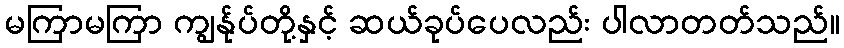
မကြာမကြာ ကျွန်ုပ်တို့နှင့် ဆယ်ခုပ်ပေလည်း ပါလာတတ်သည်။